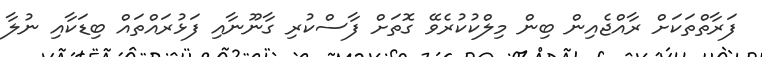
ފަރާތްތަކަށް ރާއްޖެއިން ބިން މިލްކުކުރެވޭ ގޮތަށް ފާސްކުރި ގާނޫނާއި ފަޅުރައްތައް ބިޑަކާއި ނުލާ